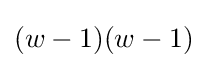
(w-1)(w-1)